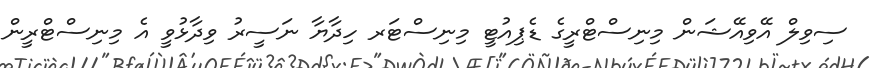
ސިވިލް އޭވިއޭޝަން މިނިސްޓްރީގެ ޑެޕިއުޓީ މިނިސްޓަރ ހިދާޔާ ނަސީރު ވިދާޅުވީ އެ މިނިސްޓްރީން